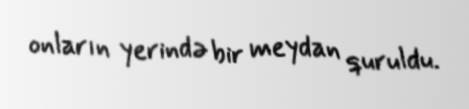
onların yerində bir meydan quruldu.